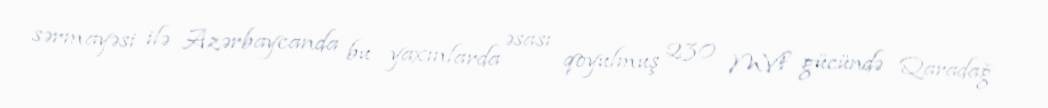
sərmayəsi ilə Azərbaycanda bu yaxınlarda əsası qoyulmuş 230 MVt gücündə Qaradağ